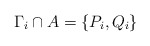
\begin{align*}\Gamma_i\cap A=\{P_i,Q_i\}\end{align*}